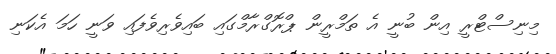
މިނިސްޓްރީ އިން ބުނީ އެ ތަމްރީން ޕްރޮގްރާމްގައި ބައިވެރިވެފައި ވަނީ ހަމަ އެކަނި